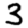
Digit: 3